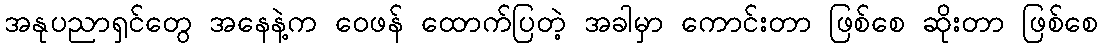
အနုပညာရှင်တွေ အနေနဲ့က ဝေဖန် ထောက်ပြတဲ့ အခါမှာ ကောင်းတာ ဖြစ်စေ ဆိုးတာ ဖြစ်စေ